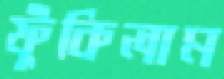
ফুঁকিলাম